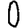
Digit: 0